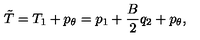
\tilde { T } = T _ { 1 } + p _ { \theta } = p _ { 1 } + \frac { B } { 2 } q _ { 2 } + p _ { \theta } ,